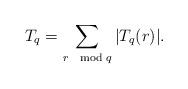
LaTeX: \begin{align*}T_q = \sum_{r \mod{q}}|T_q(r)|.\end{align*}